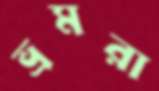
ভ্রমরা